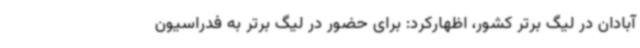
آبادان در لیگ برتر کشور، اظهارکرد: برای حضور در لیگ برتر به فدراسیون